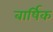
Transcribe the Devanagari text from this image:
बार्षिक